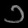
Digit: ၁